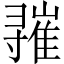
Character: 𪧾